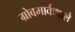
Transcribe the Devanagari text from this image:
ग्रोबमार्कथाले